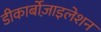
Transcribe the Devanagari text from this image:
डीकार्बोज़ाइलेशन